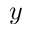
y